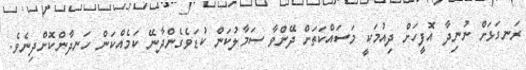
ރަނގަޅަށް ނުނިދާ އޮފީހަށް ދިއުމަކީ މަސައްކަތަށް ދޭންވާ ސަމާލުކަން ކުޑަވެގެންދާނޭ ކަމެއްކަން ހަނދާންކޮށްދިނެވެ.